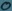
Text: 0